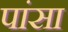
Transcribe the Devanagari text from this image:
पांसा